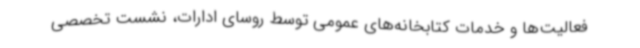
فعالیت‌ها و خدمات کتابخانه‌های عمومی توسط روسای ادارات، نشست تخصصی